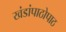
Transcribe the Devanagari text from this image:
खंडांपाठोपाठ